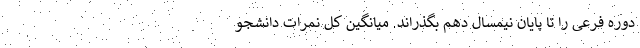
دوره فرعی را تا پایان نیمسال دهم بگذراند. میانگین کل نمرات دانشجو